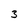
Character: 3